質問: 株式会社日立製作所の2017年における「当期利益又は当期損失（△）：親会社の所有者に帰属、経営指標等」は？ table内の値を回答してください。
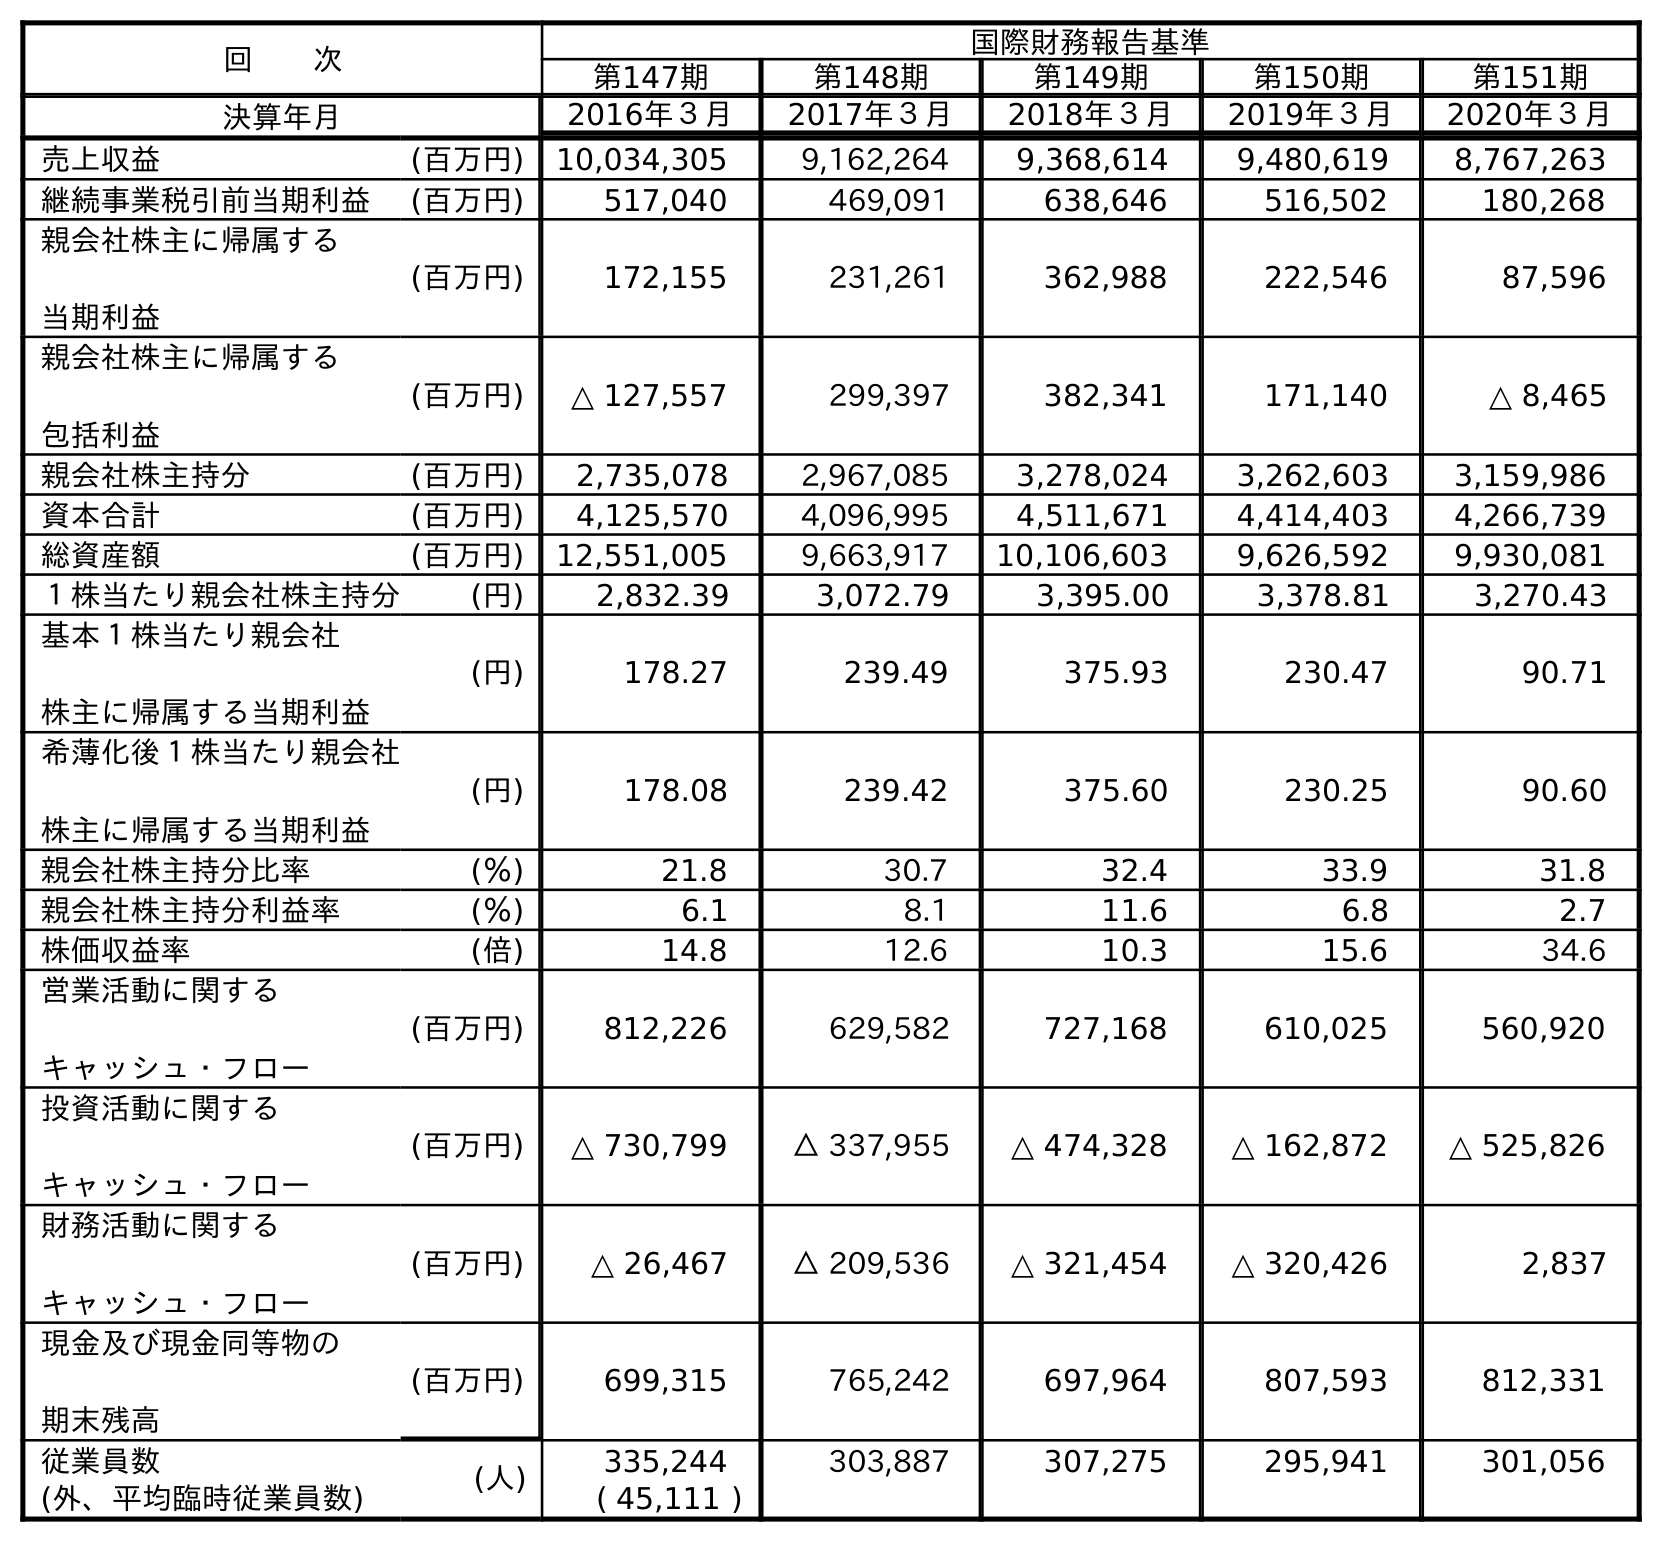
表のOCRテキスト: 回  次 国際財務報告基準 第147期 第148期 第149期 第150期 第151期 決算年月 2016年３月 2017年３月 2018年３月 2019年３月 2020年３月 売上収益 (百万円) 10,034,305 9,162,264 9,368,614 9,480,619 8,767,263 継続事業税引前当期利益 (百万円) 517,040 469,091 638,646 516,502 180,268 親会社株主に帰属する 当期利益 (百万円) 172,155 231,261 362,988 222,546 87,596 親会社株主に帰属する 包括利益 (百万円) △ 127,557 299,397 382,341 171,140 △ 8,465 親会社株主持分 (百万円) 2,735,078 2,967,085 3,278,024 3,262,603 3,159,986 資本合計 (百万円) 4,125,570 4,096,995 4,511,671 4,414,403 4,266,739 総資産額 (百万円) 12,551,005 9,663,917 10,106,603 9,626,592 9,930,081 １株当たり親会社株主持分 (円) 2,832.39 3,072.79 3,395.00 3,378.81 3,270.43 基本１株当たり親会社 株主に帰属する当期利益 (円) 178.27 239.49 375.93 230.47 90.71 希薄化後１株当たり親会社 株主に帰属する当期利益 (円) 178.08 239.42 375.60 230.25 90.60 親会社株主持分比率 (％) 21.8 30.7 32.4 33.9 31.8 親会社株主持分利益率 (％) 6.1 8.1 11.6 6.8 2.7 株価収益率 (倍) 14.8 12.6 10.3 15.6 34.6 営業活動に関する キャッシュ・フロー (百万円) 812,226 629,582 727,168 610,025 560,920 投資活動に関する キャッシュ・フロー (百万円) △ 730,799 △ 337,955 △ 474,328 △ 162,872 △ 525,826 財務活動に関する キャッシュ・フロー (百万円) △ 26,467 △ 209,536 △ 321,454 △ 320,426 2,837 現金及び現金同等物の 期末残高 (百万円) 699,315 765,242 697,964 807,593 812,331 従業員数 (人) 335,244 303,887 307,275 295,941 301,056 (外、平均臨時従業員数) ( 45,111 )
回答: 231,261